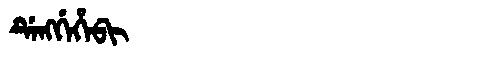
Manchu: ᡩᡝᠩᡤᡝᡥᡝᠪᡳ
Romanization: DENGGEHEBI